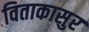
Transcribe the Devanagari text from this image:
विताकासुर